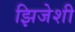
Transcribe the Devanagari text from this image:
झिजेशी